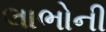
લાભોની